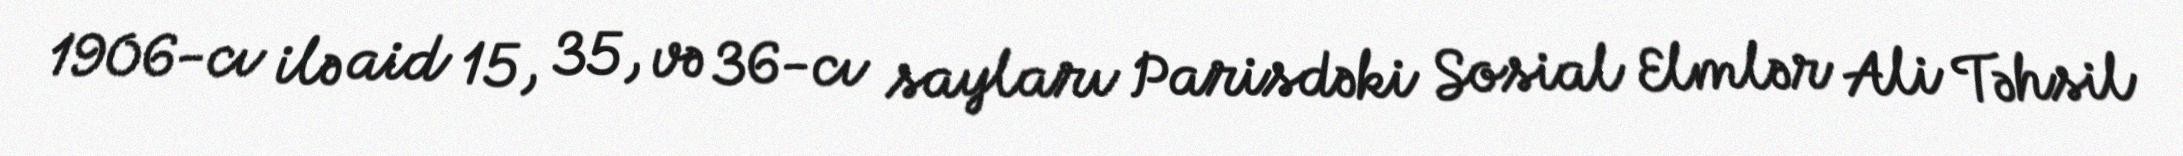
1906-cı ilə aid 15, 35, və 36-cı sayları Parisdəki Sosial Elmlər Ali Təhsil